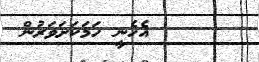
އެހެނީ ހަމަކަށަވަރުން